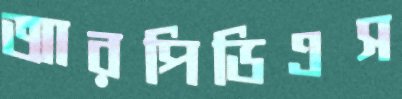
আরপিডিএস